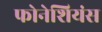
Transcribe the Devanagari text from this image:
फोनेशियंस